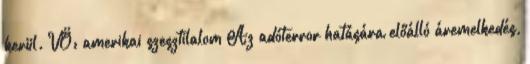
kerül. VÖ: amerikai szesztilalom Az adóterror hatására előálló áremelkedés,